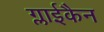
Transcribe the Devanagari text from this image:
ग्लाईकैन